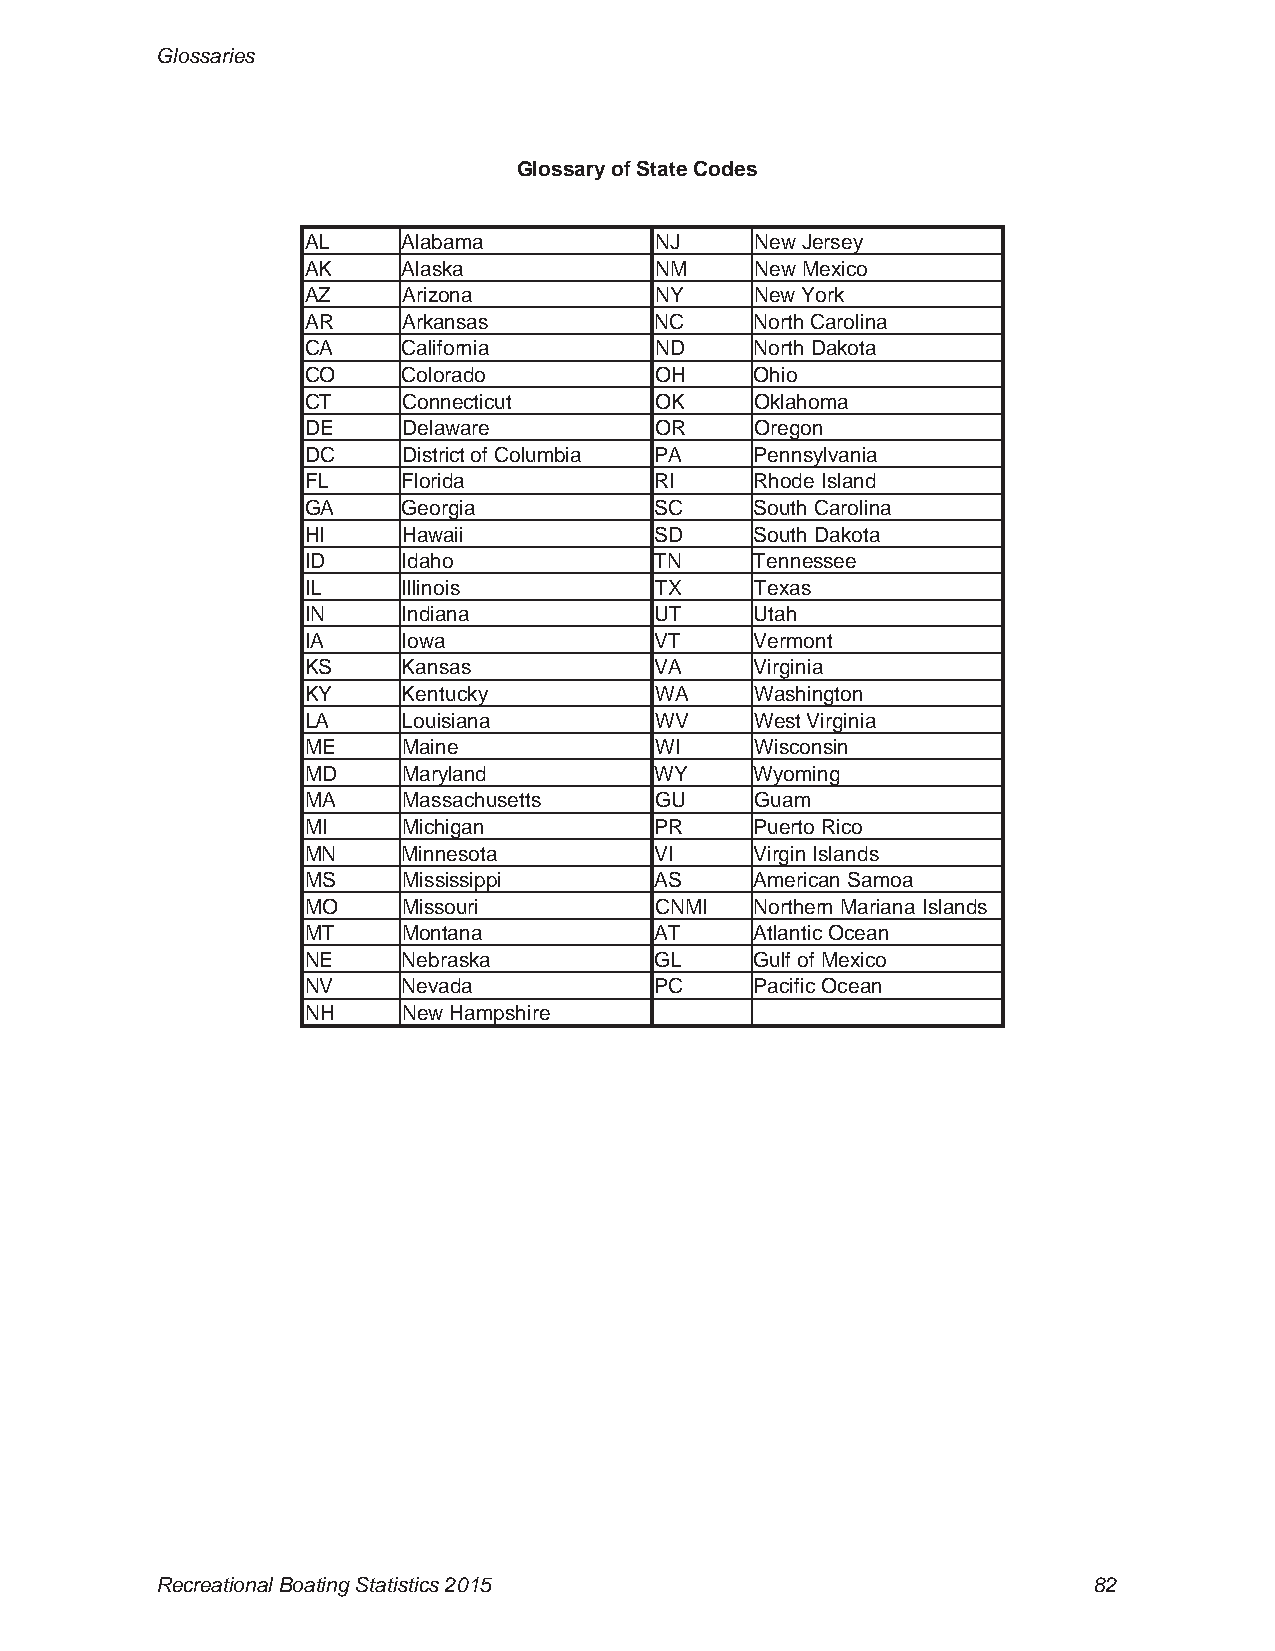
Glossaries
 Glossary of State Codes
 AL     Alabama         NJ     New Jersey
 AK     Alaska          NM     New Mexico
 AZ     Arizona         NY     New York
 AR     Arkansas        NC     North Carolina
 CA     California      ND     North Dakota
 CO     Colorado        OH     Ohio
 CT     Connecticut     OK     Oklahoma
 DE     Delaware        OR     Oregon
 DC     District of Columbia PA Pennsylvania
 FL     Florida         RI     Rhode Island
 GA     Georgia         SC     South Carolina
 HI     Hawaii          SD     South Dakota
 ID     Idaho           TN     Tennessee
 IL     Illinois        TX     Texas
 IN     Indiana         UT     Utah
 IA     Iowa            VT     Vermont
 KS     Kansas          VA     Virginia
 KY     Kentucky        WA     Washington
 LA     Louisiana       WV     West Virginia
 ME     Maine           WI     Wisconsin
 MD     Maryland        WY     Wyoming
 MA     Massachusetts   GU     Guam
 MI     Michigan        PR     Puerto Rico
 MN     Minnesota       VI     Virgin Islands
 MS     Mississippi     AS     American Samoa
 MO     Missouri        CNMI   Northern Mariana Islands
 MT     Montana         AT     Atlantic Ocean
 NE     Nebraska        GL     Gulf of Mexico
 NV     Nevada          PC     Pacific Ocean
 NH     New Hampshire
 Recreational Boating Statistics 2015                          82